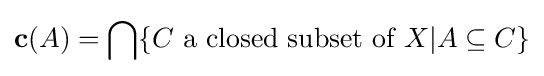
\mathbf {c} (A)=\bigcap \{C{\text{ a closed subset of }}X|A\subseteq C\}